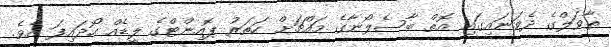
ތާވަލްގެ ދެވަނައިގައި އޮތް ބާސެލޯނާގެ މައްޗަށް ހަތަރު ޕޮއިންޓްގެ ލީޑެއް ހޯދައިފަ އެވެ.